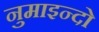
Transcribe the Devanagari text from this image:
नुमाइन्दो